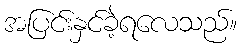
အပြင်းနှင်ခဲ့ရလေသည်။